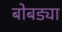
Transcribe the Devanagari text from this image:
बोबड्या